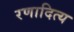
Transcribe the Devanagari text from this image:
रणादित्य